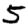
Digit: 5